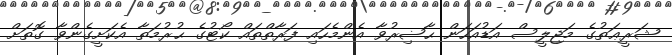
ޝަރީޢަތުގެ މަޖިލީސް އަޑުއަހަން ޙާޟިރުވާ އެންމެހައި ފަރާތްތައް ކޯޓުގެ ޙުރުމަތާ އެކަށީގެންވާ ގޮތަށް